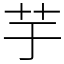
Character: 芋